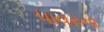
પાવરના